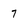
Character: 7